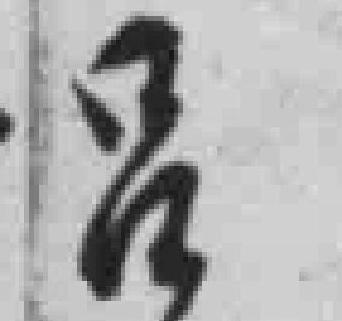
吕